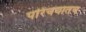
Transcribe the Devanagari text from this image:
परिचयातच